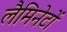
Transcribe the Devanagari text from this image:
लैमिनेटों